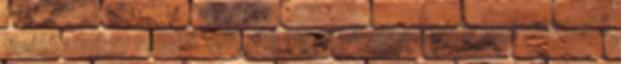
finálé amúgy remek volt, de az évad könnyedén lerövidíthető